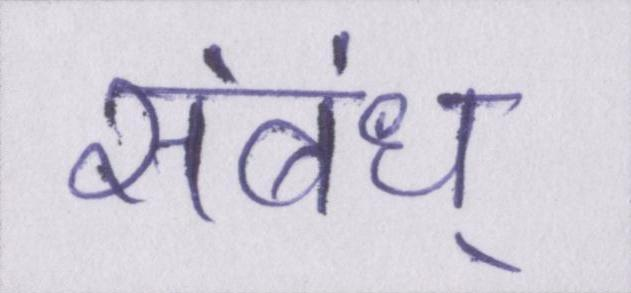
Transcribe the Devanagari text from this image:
संबंध्